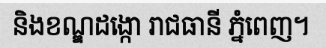
និងខណ្ឌដង្កោ រាជធានី ភ្នំពេញ។